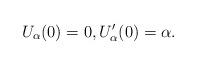
LaTeX: \begin{align*} U_\alpha(0)=0,U_\alpha'(0)=\alpha. \end{align*}